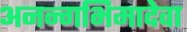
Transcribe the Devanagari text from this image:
अनन्गभिमादेवा